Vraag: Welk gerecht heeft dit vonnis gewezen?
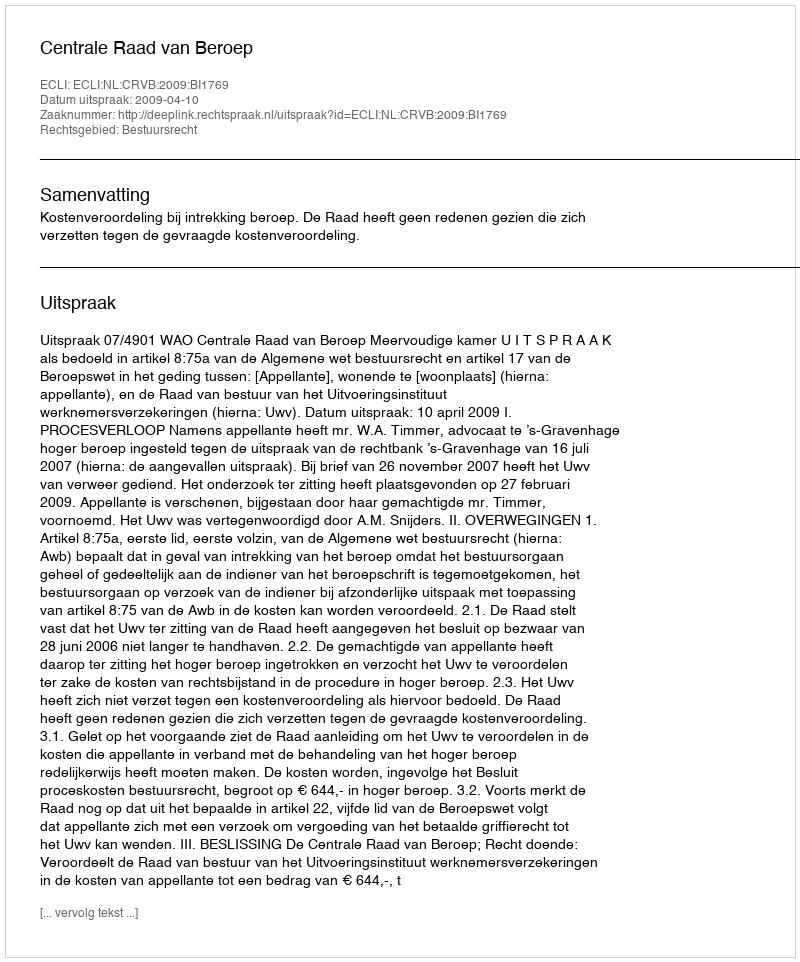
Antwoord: Centrale Raad van Beroep